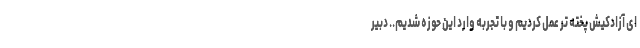
ای آزادکیش پخته تر عمل کردیم و با تجربه وارد این حوزه شدیم.. دبیر